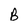
Character: B